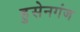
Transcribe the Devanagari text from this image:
हुसेनगंज